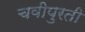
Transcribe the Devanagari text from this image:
चवीपुरती